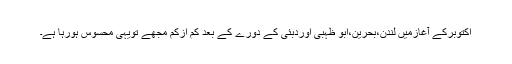
اکتوبرکے آغازمیں لندن،بحرین،ابو ظہبی اوردبئی کے دورے کے بعد کم ازکم مجھے تویہی محسوس ہورہا ہے۔